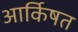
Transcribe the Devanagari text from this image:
आर्किषत